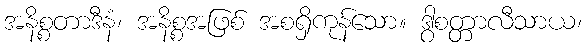
အနိစ္စတာဒီနံ၊ အနိစ္စအဖြစ် အစရှိကုန်သော။ ဒွါစတ္တာလီသာယ၊